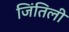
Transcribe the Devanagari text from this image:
जिंतिली